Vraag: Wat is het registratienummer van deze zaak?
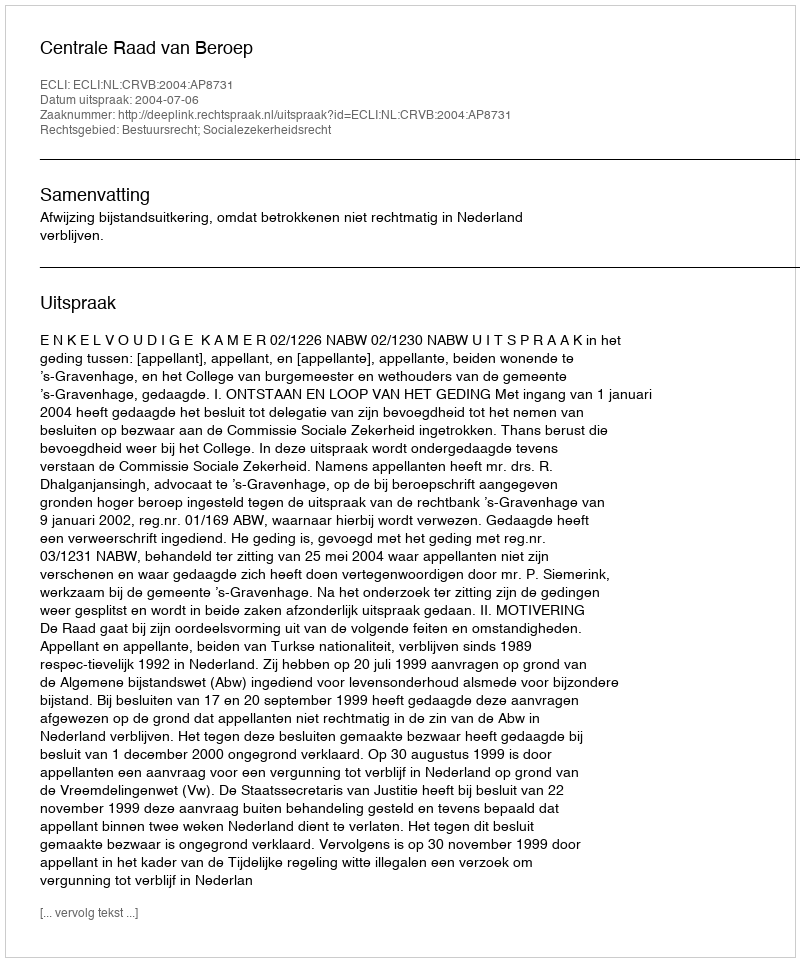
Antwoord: http://deeplink.rechtspraak.nl/uitspraak?id=ECLI:NL:CRVB:2004:AP8731